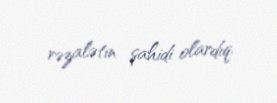
rəzalətin şahidi olardıq.